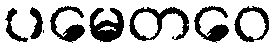
ပမေတဝေ